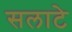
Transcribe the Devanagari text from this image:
सलाटे